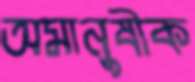
অমানুষীক